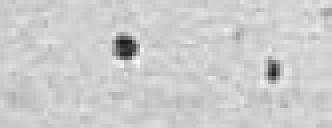
.